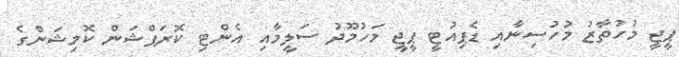
ޕީޖީ މުހުތާޒު މުހުސިނާއި ޑެޕިއުޓީ ޕީޖީ މަހުމޫދު ސަލީމާއި އެންޓި ކޮރަޕްޝަން ކޮމިޝަންގެ